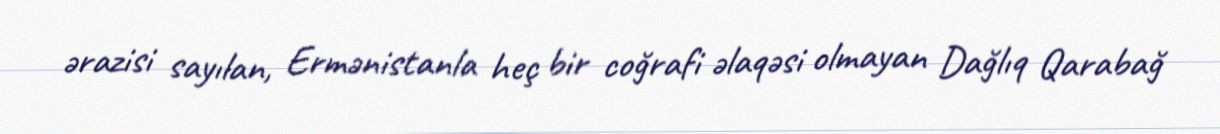
ərazisi sayılan, Ermənistanla heç bir coğrafi əlaqəsi olmayan Dağlıq Qarabağ